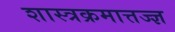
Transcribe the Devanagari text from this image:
शास्त्रक्रमात्तज्ज्ञ